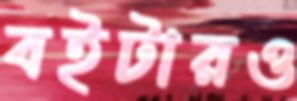
বইটারও